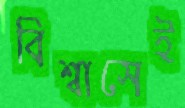
বিশ্বাসেই